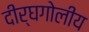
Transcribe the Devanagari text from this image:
दीर्घगोलीय